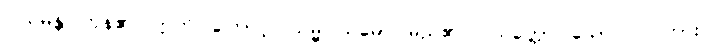
ဝါယမန္တိ၊ ကုန်၏။ ဣတိ၊ ကြောင့်။ သမ္မဝါယမော၊ မည်၏။ ပသတ္တော၊ သော။ ဝါ၊ ကား။